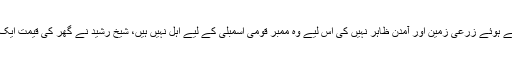
درخواست گزار نے موقف اختیار کیا کہ شیخ رشید نے کاغذات نامزدگی میں غلط بیانی کرتے ہوئے زرعی زمین اور آمدن ظاہر نہیں کی اس لیے وہ ممبر قومی اسمبلی کے لیے اہل نہیں ہیں، شیخ رشید نے گھر کی قیمت ایک کروڑ 2 لاکھ ظاہر کی جب کہ گھر کی بکنگ 4 کروڑ 80 لاکھ سے شروع کی گئی تھی۔